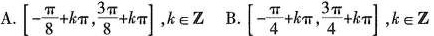
A $$\left[ - \frac{ \pi }{8}+k \pi , \frac{3 \pi }{8}+k \pi \right] ,k\epsilon Z$$